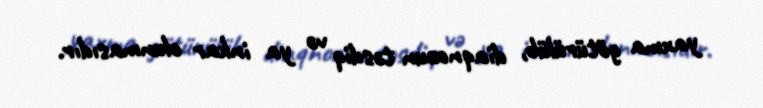
yaxma götürülüb, diaqnozun təsdiq və ya inkar olunmasıdır.